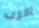
الرب